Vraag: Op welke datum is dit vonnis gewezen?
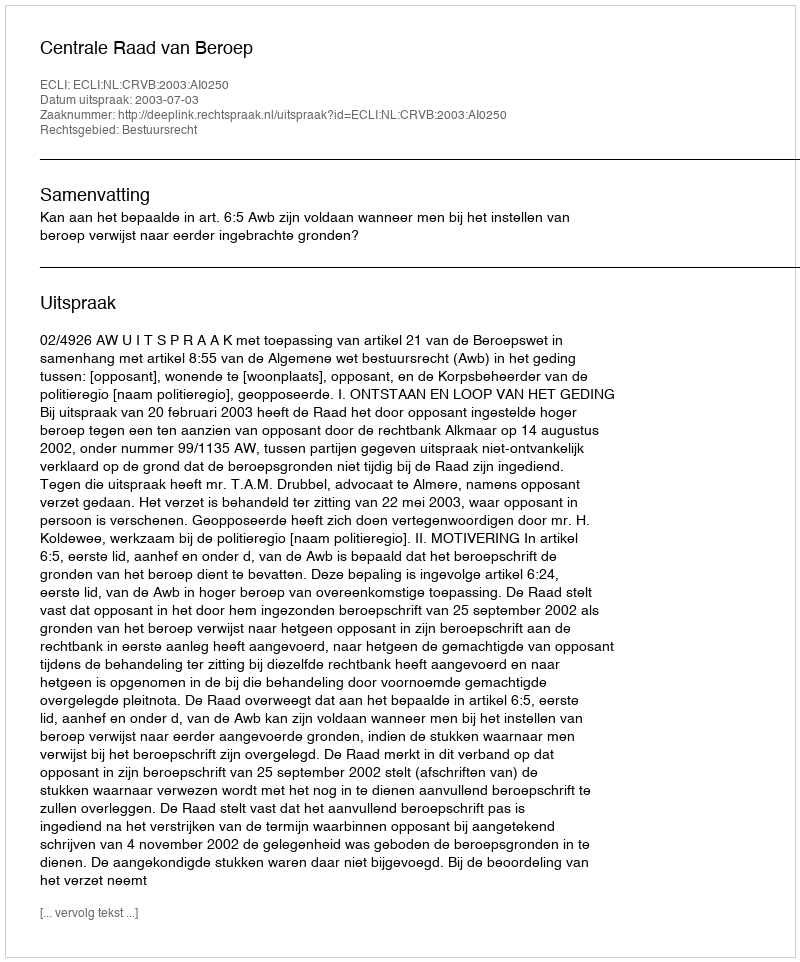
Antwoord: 2003-07-03